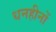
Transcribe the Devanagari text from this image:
धनहीनों